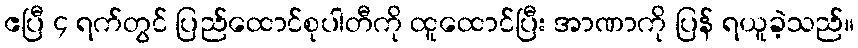
ဧပြီ ၄ ရက်တွင် ပြည်ထောင်စုပါတီကို ထူထောင်ပြီး အာဏာကို ပြန် ရယူခဲ့သည်။